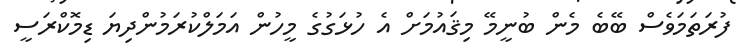
ފުރަތަމަވެސް ބޭބެ މެން ބުނީމޭ މިޤައުމަށް އެ ހުޅަގުގެ މީހުން އަމަލްކުރަމުންދިޔަ ޑިމޮކްރަސީ